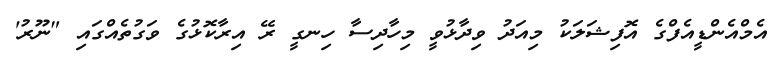
އެމްއެންޑީއެފްގެ އޮފިޝަލަކު މިއަދު ވިދާޅުވީ މިހާދިސާ ހިނގީ ރޭ އިރާކޮޅުގެ ވަގުތެއްގައި "ނޫރު'